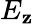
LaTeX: E_{\mathbf{z}}